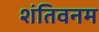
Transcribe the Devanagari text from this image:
शंतिवनम